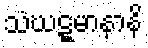
သံဃဋ္ဋမာနာနိ